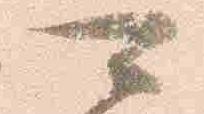
可